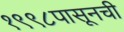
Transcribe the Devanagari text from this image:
१९९८पासूनची